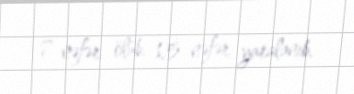
7 nəfər ölüb, 15 nəfər yaralanıb.